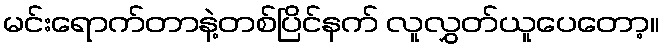
မင်းရောက်တာနဲ့တစ်ပြိင်နက် လူလွှတ်ယူပေတော့။